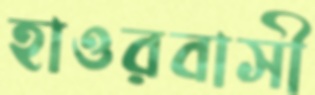
হাওরবাসী